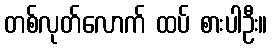
တစ်လုတ်လောက် ထပ် စားပါဦး။